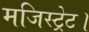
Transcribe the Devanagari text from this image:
मजिस्ट्रेट।